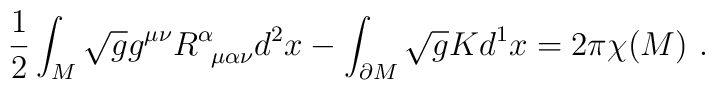
\frac{1}{2}\int_M \sqrt{g} g^{\mu \nu} R^{\alpha}_{\;\; \mu\alpha \nu}d^2x - \int_{\partial M} \sqrt{g}K d^1x =2\pi\chi(M) \ .